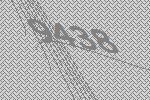
9438